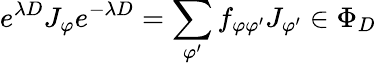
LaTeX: e^{\lambda D}J_{\varphi}e^{-\lambda D}=\sum_{\varphi^{\prime}}f_{\varphi\varphi^{\prime}}J_{\varphi^{\prime}}\in\Phi_{D}